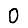
Digit: 0